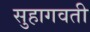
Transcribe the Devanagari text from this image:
सुहागवती